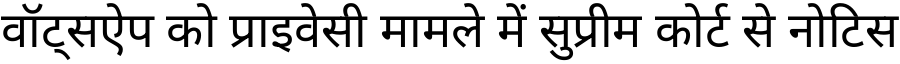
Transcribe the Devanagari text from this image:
वॉट्सऐप को प्राइवेसी मामले में सुप्रीम कोर्ट से नोटिस